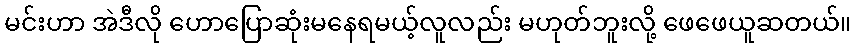
မင်းဟာ အဲဒီလို ဟောပြောဆုံးမနေရမယ့်လူလည်း မဟုတ်ဘူးလို့ ဖေဖေယူဆတယ်။